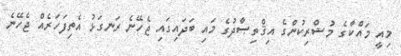
މިއީ މައްކާގެ މުޝްރިކުންގެ އިޤްތިޞާދުގެ މައި ބަދައިގައި ޖެހޭނެ ރަނގަޅު އެތިފަހަރެއް ޖެހޭނެ